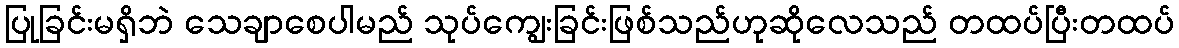
ပြုခြင်းမရှိဘဲ သေချာစေပါမည် သုပ်ကျွေးခြင်းဖြစ်သည်ဟုဆိုလေသည် တထပ်ပြီးတထပ်